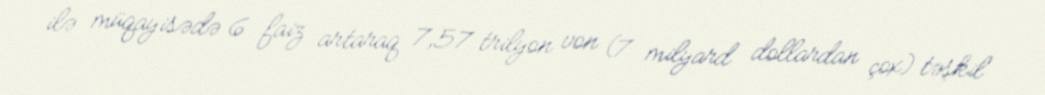
ilə müqayisədə 6 faiz artaraq 7,57 trilyon von (7 milyard dollardan çox) təşkil